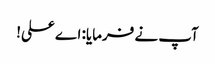
آپ نے فرمایا: اے علی!